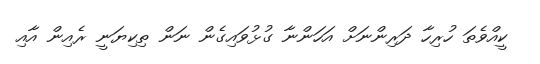
ކީއްވެތަ ހުރިހާ ދަރިންނަށް އަހަންނާ ގުޅުވައިގެން ނަން ތިކިޔަނީ ރެއިން އާއި